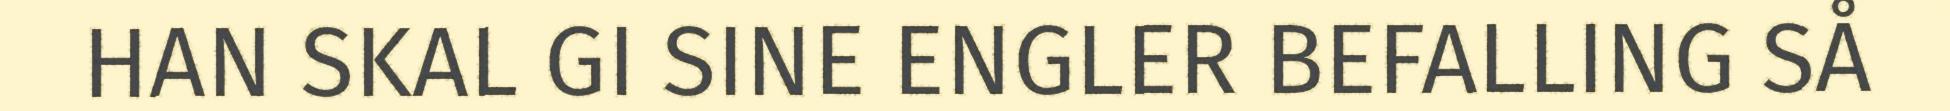
HAN SKAL GI SINE ENGLER BEFALLING SÅ